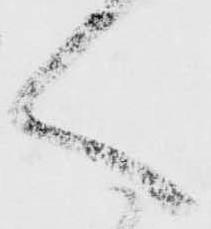
く